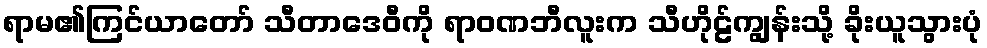
ရာမ၏ကြင်ယာတော် သီတာဒေဝီကို ရာဝဏဘီလူးက သီဟိုဠ်ကျွန်းသို့ ခိုးယူသွားပုံ